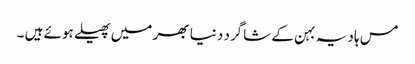
مس ہادیہ بہن کے شاگرد دنیا بھر میں پھیلے ہوئے ہیں ۔